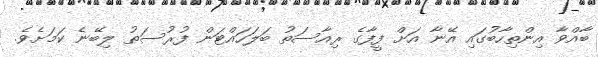
ބާއްވާ އިންތިހާބުގައި އޭނާ އަށް ފީފާގެ ރިއާސަތު ބަލަހައްޓަން ފުރުސަތު ލިބޭނެ ކަމަށެވެ.